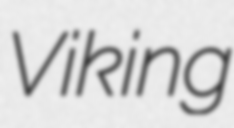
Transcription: Viking